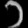
Digit: ၁